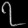
Digit: ၇